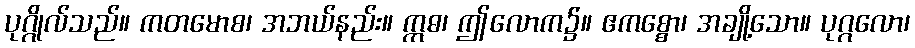
ပုဂ္ဂိုလ်သည်။ ကတမောစ၊ အဘယ်နည်း။ ဣဓ၊ ဤလောက၌။ ဧကစ္စော၊ အချို့သော။ ပုဂ္ဂလော၊